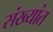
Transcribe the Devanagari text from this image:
संख्यांत